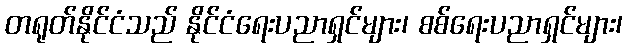
တရုတ်နိုင်ငံသည် နိုင်ငံရေးပညာရှင်များ၊ စစ်ရေးပညာရှင်များ၊